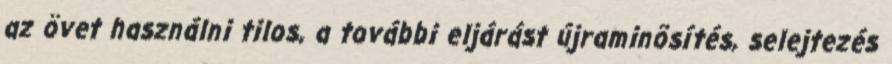
az övet használni tilos, a további eljárást újraminõsítés, selejtezés